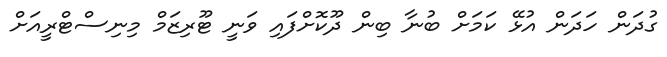
ގުދަން ހަދަން އުޅޭ ކަމަށް ބުނާ ބިން ދޫކޮށްފައި ވަނީ ޓޫރިޒަމް މިނިސްޓްރީއަށް